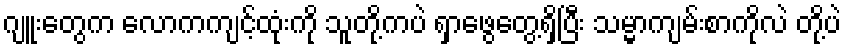
ဂျူးတွေက လောကကျင့်ထုံးကို သူတို့ကပဲ ရှာဖွေတွေ့ရှိပြီး သမ္မာကျမ်းစာကိုလဲ တို့ပဲ